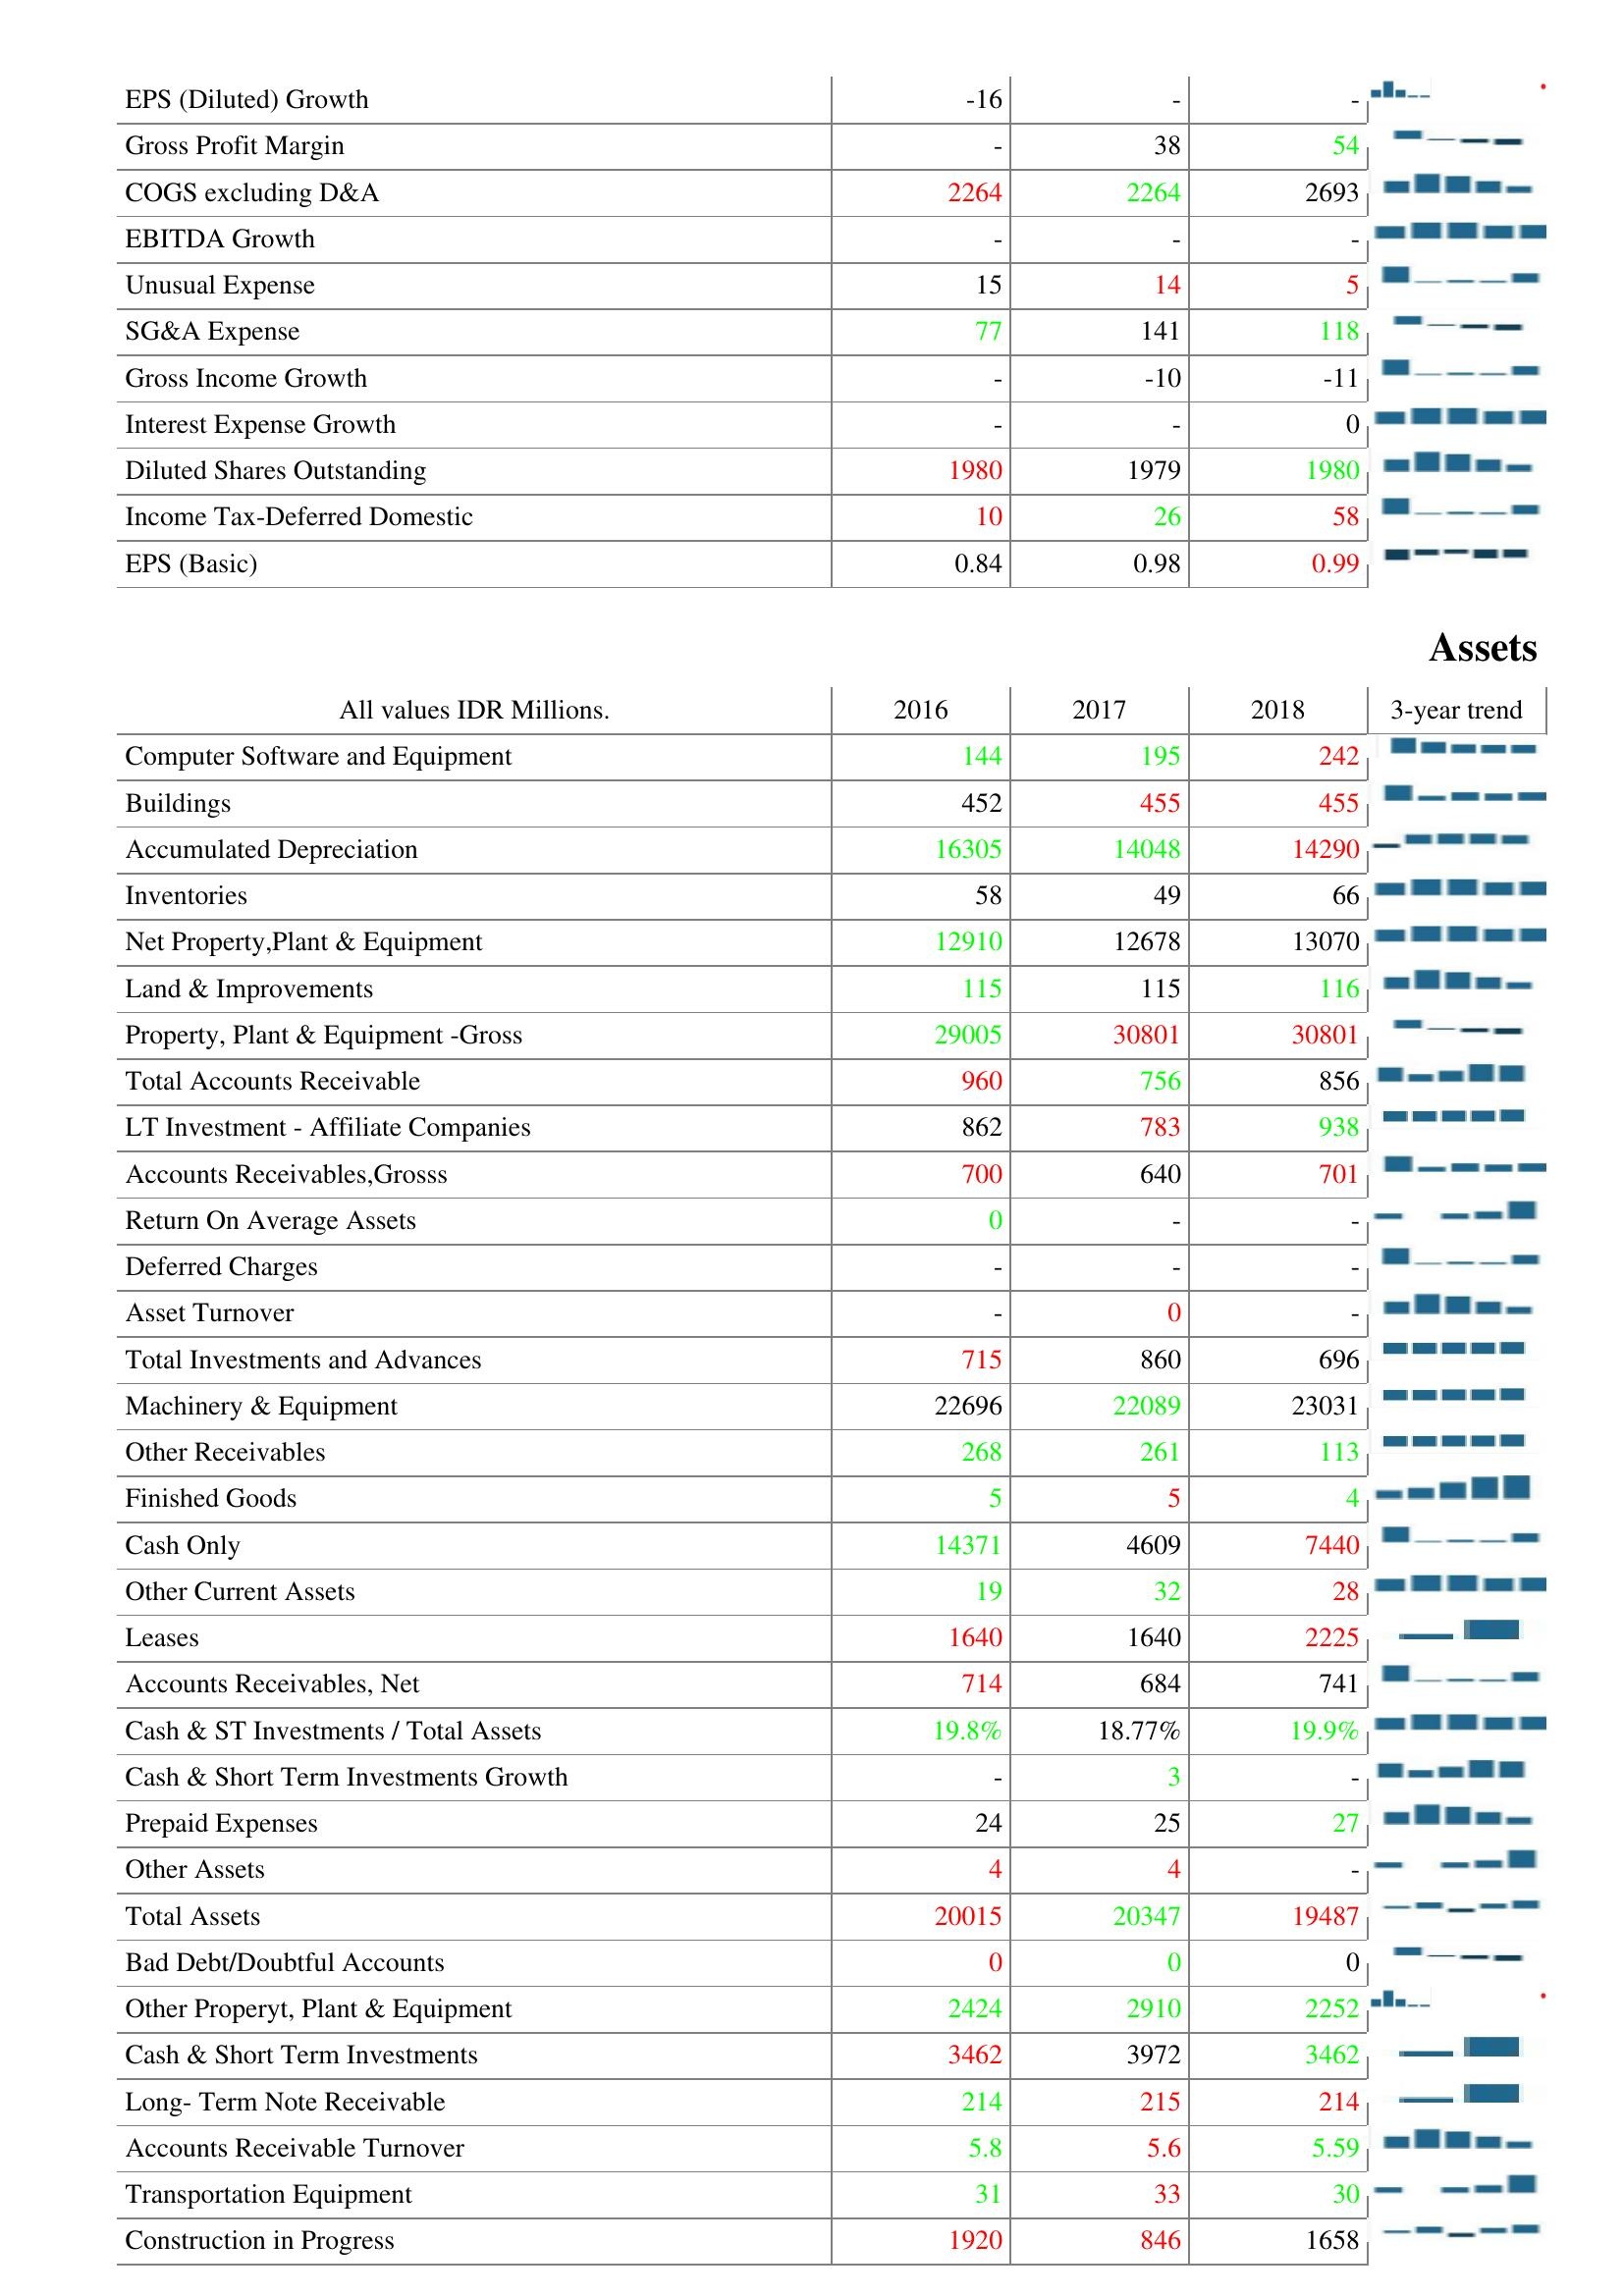
2016: : EPS (Diluted) Growth: -16
Gross Profit Margin: -
COGS excluding D&A: 2264
EBITDA Growth: -
Unusual Expense: 15
SG&A Expense: 77
Gross Income Growth: -
Interest Expense Growth: -
Diluted Shares Outstanding: 1980
Income Tax-Deferred Domestic: 10
EPS (Basic): 0.84
Assets: Computer Software and Equipment: 144
Buildings: 452
Accumulated Depreciation: 16305
Inventories: 58
Net Property,Plant & Equipment: 12910
Land & Improvements: 115
Property, Plant & Equipment -Gross: 29005
Total Accounts Receivable: 960
LT Investment - Affiliate Companies: 862
Accounts Receivables,Grosss: 700
Return On Average Assets: 0
Deferred Charges: -
Asset Turnover: -
Total Investments and Advances: 715
Machinery & Equipment: 22696
Other Receivables: 268
Finished Goods: 5
Cash Only: 14371
Other Current Assets: 19
Leases: 1640
Accounts Receivables, Net: 714
Cash & ST Investments / Total Assets: 19.8%
Cash & Short Term Investments Growth: -
Prepaid Expenses: 24
Other Assets: 4
Total Assets: 20015
Bad Debt/Doubtful Accounts: 0
Other Properyt, Plant & Equipment: 2424
Cash & Short Term Investments: 3462
Long- Term Note Receivable: 214
Accounts Receivable Turnover: 5.8
Transportation Equipment: 31
Construction in Progress: 1920
2017: : EPS (Diluted) Growth: -
Gross Profit Margin: 38
COGS excluding D&A: 2264
EBITDA Growth: -
Unusual Expense: 14
SG&A Expense: 141
Gross Income Growth: -10
Interest Expense Growth: -
Diluted Shares Outstanding: 1979
Income Tax-Deferred Domestic: 26
EPS (Basic): 0.98
Assets: Computer Software and Equipment: 195
Buildings: 455
Accumulated Depreciation: 14048
Inventories: 49
Net Property,Plant & Equipment: 12678
Land & Improvements: 115
Property, Plant & Equipment -Gross: 30801
Total Accounts Receivable: 756
LT Investment - Affiliate Companies: 783
Accounts Receivables,Grosss: 640
Return On Average Assets: -
Deferred Charges: -
Asset Turnover: 0
Total Investments and Advances: 860
Machinery & Equipment: 22089
Other Receivables: 261
Finished Goods: 5
Cash Only: 4609
Other Current Assets: 32
Leases: 1640
Accounts Receivables, Net: 684
Cash & ST Investments / Total Assets: 18.77%
Cash & Short Term Investments Growth: 3
Prepaid Expenses: 25
Other Assets: 4
Total Assets: 20347
Bad Debt/Doubtful Accounts: 0
Other Properyt, Plant & Equipment: 2910
Cash & Short Term Investments: 3972
Long- Term Note Receivable: 215
Accounts Receivable Turnover: 5.6
Transportation Equipment: 33
Construction in Progress: 846
2018: : EPS (Diluted) Growth: -
Gross Profit Margin: 54
COGS excluding D&A: 2693
EBITDA Growth: -
Unusual Expense: 5
SG&A Expense: 118
Gross Income Growth: -11
Interest Expense Growth: 0
Diluted Shares Outstanding: 1980
Income Tax-Deferred Domestic: 58
EPS (Basic): 0.99
Assets: Computer Software and Equipment: 242
Buildings: 455
Accumulated Depreciation: 14290
Inventories: 66
Net Property,Plant & Equipment: 13070
Land & Improvements: 116
Property, Plant & Equipment -Gross: 30801
Total Accounts Receivable: 856
LT Investment - Affiliate Companies: 938
Accounts Receivables,Grosss: 701
Return On Average Assets: -
Deferred Charges: -
Asset Turnover: -
Total Investments and Advances: 696
Machinery & Equipment: 23031
Other Receivables: 113
Finished Goods: 4
Cash Only: 7440
Other Current Assets: 28
Leases: 2225
Accounts Receivables, Net: 741
Cash & ST Investments / Total Assets: 19.9%
Cash & Short Term Investments Growth: -
Prepaid Expenses: 27
Other Assets: -
Total Assets: 19487
Bad Debt/Doubtful Accounts: 0
Other Properyt, Plant & Equipment: 2252
Cash & Short Term Investments: 3462
Long- Term Note Receivable: 214
Accounts Receivable Turnover: 5.59
Transportation Equipment: 30
Construction in Progress: 1658